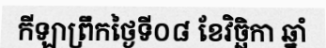
កីឡាព្រឹកថ្ងៃទី០៨ ខែវិច្ឆិកា ឆ្នាំ